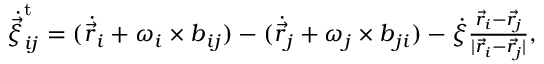
\begin{array} { r } { \dot { \vec { \xi } } _ { i j } ^ { \mathrm { t } } = ( \dot { \vec { r } } _ { i } + \boldsymbol { \omega } _ { i } \times \boldsymbol { b } _ { i j } ) - ( \dot { \vec { r } } _ { j } + \boldsymbol { \omega } _ { j } \times \boldsymbol { b } _ { j i } ) - \dot { \xi } \frac { \vec { r } _ { i } - \vec { r } _ { j } } { | \vec { r } _ { i } - \vec { r } _ { j } | } , } \end{array}